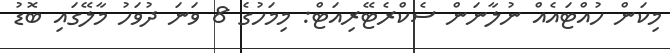
މިކަން ހުއްޓައެއް ނުލާނަން ސެކްރެޓޭރިއަޓް: މިމަހުގެ 8 ވަނަ ދުވަހު މާލޭގައި ބޮޑު